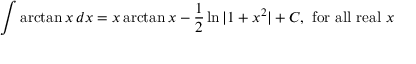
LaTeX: \int \arctan { x } \, d x = x \arctan { x } - { \frac { 1 } { 2 } } \ln { \vert 1 + x ^ { 2 } \vert } + C , { \mathrm { ~ f o r ~ a l l ~ r e a l ~ } } x